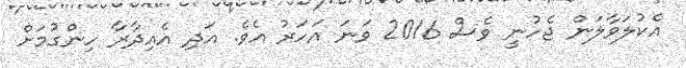
އެކުލަވާލަން ޖެހުނީ ވެސް 2016 ވަނަ އަހަރު އެވެ. އަދި އެއިދާރާ ހިންގުމަށް